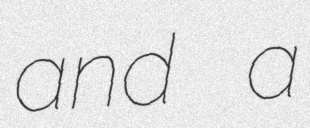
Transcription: and a